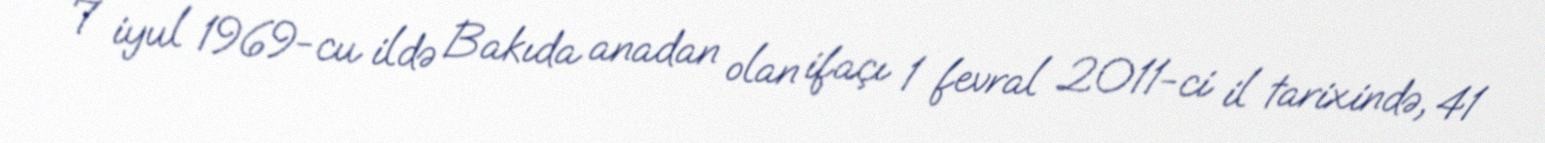
7 iyul 1969-cu ildə Bakıda anadan olan ifaçı 1 fevral 2011-ci il tarixində, 41